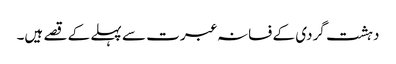
دہشت گردی کے فسانہ عبرت سے پہلے کے قصے ہیں۔